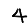
Digit: 4